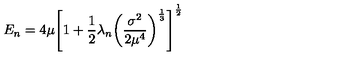
E _ { n } = 4 \mu { \left[ 1 + \frac { 1 } { 2 } \lambda _ { n } { \left( \frac { \sigma ^ { 2 } } { 2 \mu ^ { 4 } } \right) } ^ { \frac { 1 } { 3 } } \right] } ^ { \frac { 1 } { 2 } }